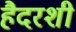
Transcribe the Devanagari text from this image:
हैदरशी